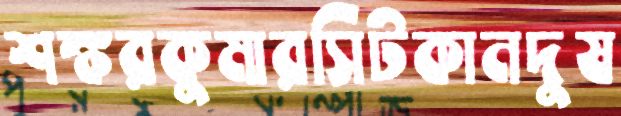
শঙ্করকুমারসিটকানদুষ